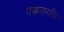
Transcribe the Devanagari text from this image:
एकतरफि